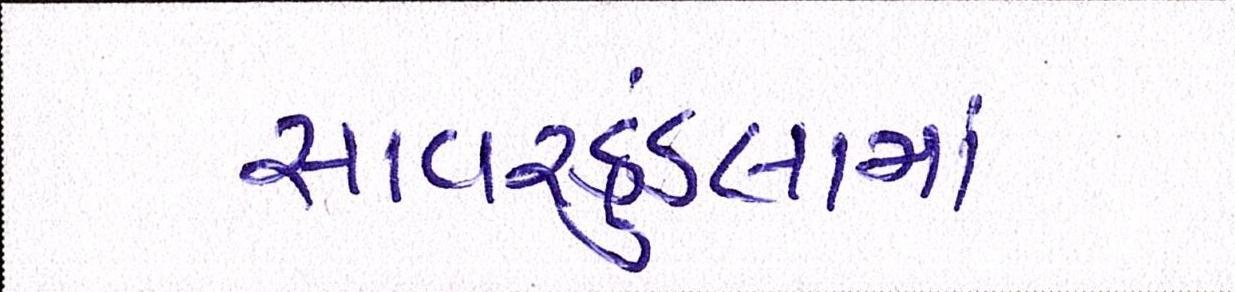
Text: સાવરકુંડલામાં